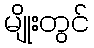
မျိုးတွင်